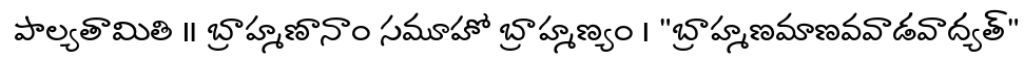
పాల్యతామితి ॥ బ్రాహ్మణానాం సమూహో బ్రాహ్మణ్యం । "బ్రాహ్మణమాణవవాడవాద్యత్"